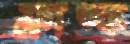
ফ্রাঙ্ক